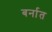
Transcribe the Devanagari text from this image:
बर्नात